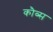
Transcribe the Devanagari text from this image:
कौब्स